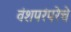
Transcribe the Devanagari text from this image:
वंशपरंपरेचे